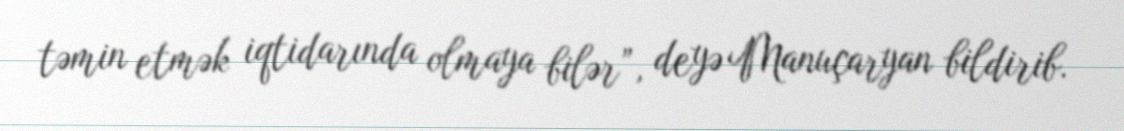
təmin etmək iqtidarında olmaya bilər”, deyə Manuçaryan bildirib.